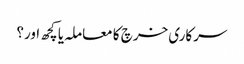
سرکاری خرچ کا معاملہ یا کچھ اور؟